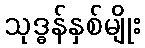
သုဒ္ဓန်နှစ်မျိုး